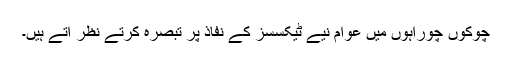
چوکوں چوراہوں میں عوام نیے ٹیکسسز کے نفاذ پر تبصرہ کرتے نظر آتے ہیں۔